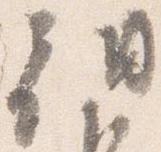
朝